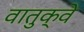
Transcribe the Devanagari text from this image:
वातुक्वे